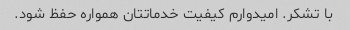
با تشکر. امیدوارم کیفیت خدماتتان همواره حفظ شود.